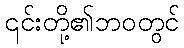
၎င်းတို့၏ဘဝတွင်